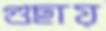
গুছায়